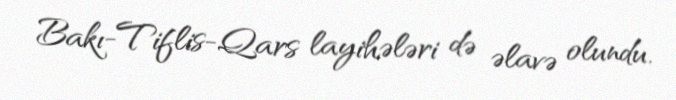
Bakı-Tiflis-Qars layihələri də əlavə olundu.